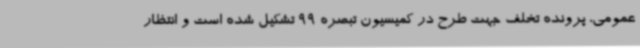
عمومی، پرونده تخلف جهت طرح در کمیسیون تبصره 99 تشکیل شده است و انتظار